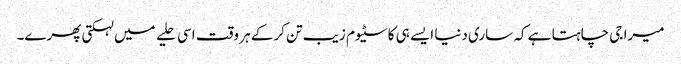
میرا جی چاہتا ہے کہ ساری دنیا ایسے ہی کاسٹیوم زیب تن کرکے ہر وقت اسی حلیے میں لہکتی پھرے۔